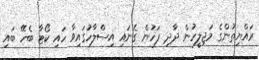
ރައްޔިތުންގެ މަޖިލީހުން ދާދި ފަހުން ގެނައި އިސްލާހުގައިވާ ހައި ކޯޓާ ބެހޭ ބައި